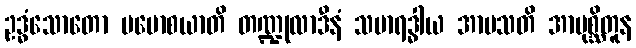
ဥဒ္ဓံသောတော ပမောစယာတိ တဏ္ဍုလာဒီနံ သမာရဒ္ဓါယ အာမသတိ အာပုစ္ဆိတူန